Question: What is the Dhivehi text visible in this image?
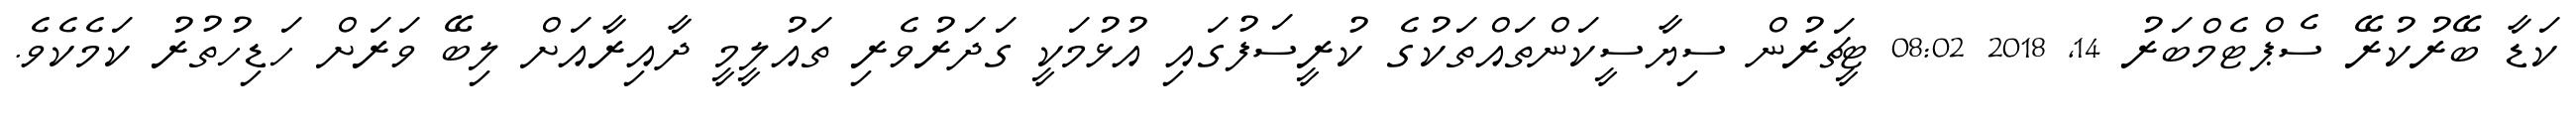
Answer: ކަޑާ ބޭރުކުރޭ ސެޕްޓެމްބަރު 14, 2018 08:02 ޓީޗަރުން ސިޔާސީކަންތައްތަކުގެ ކުރީސަފުގައި އުޅުމަކީ ގަދަރުވެރި ތައުލީމީ ދާއިރާއަށް ލިބޭ ވަރަށް ހަޑިހުތުރު ކަމެކެވެ.